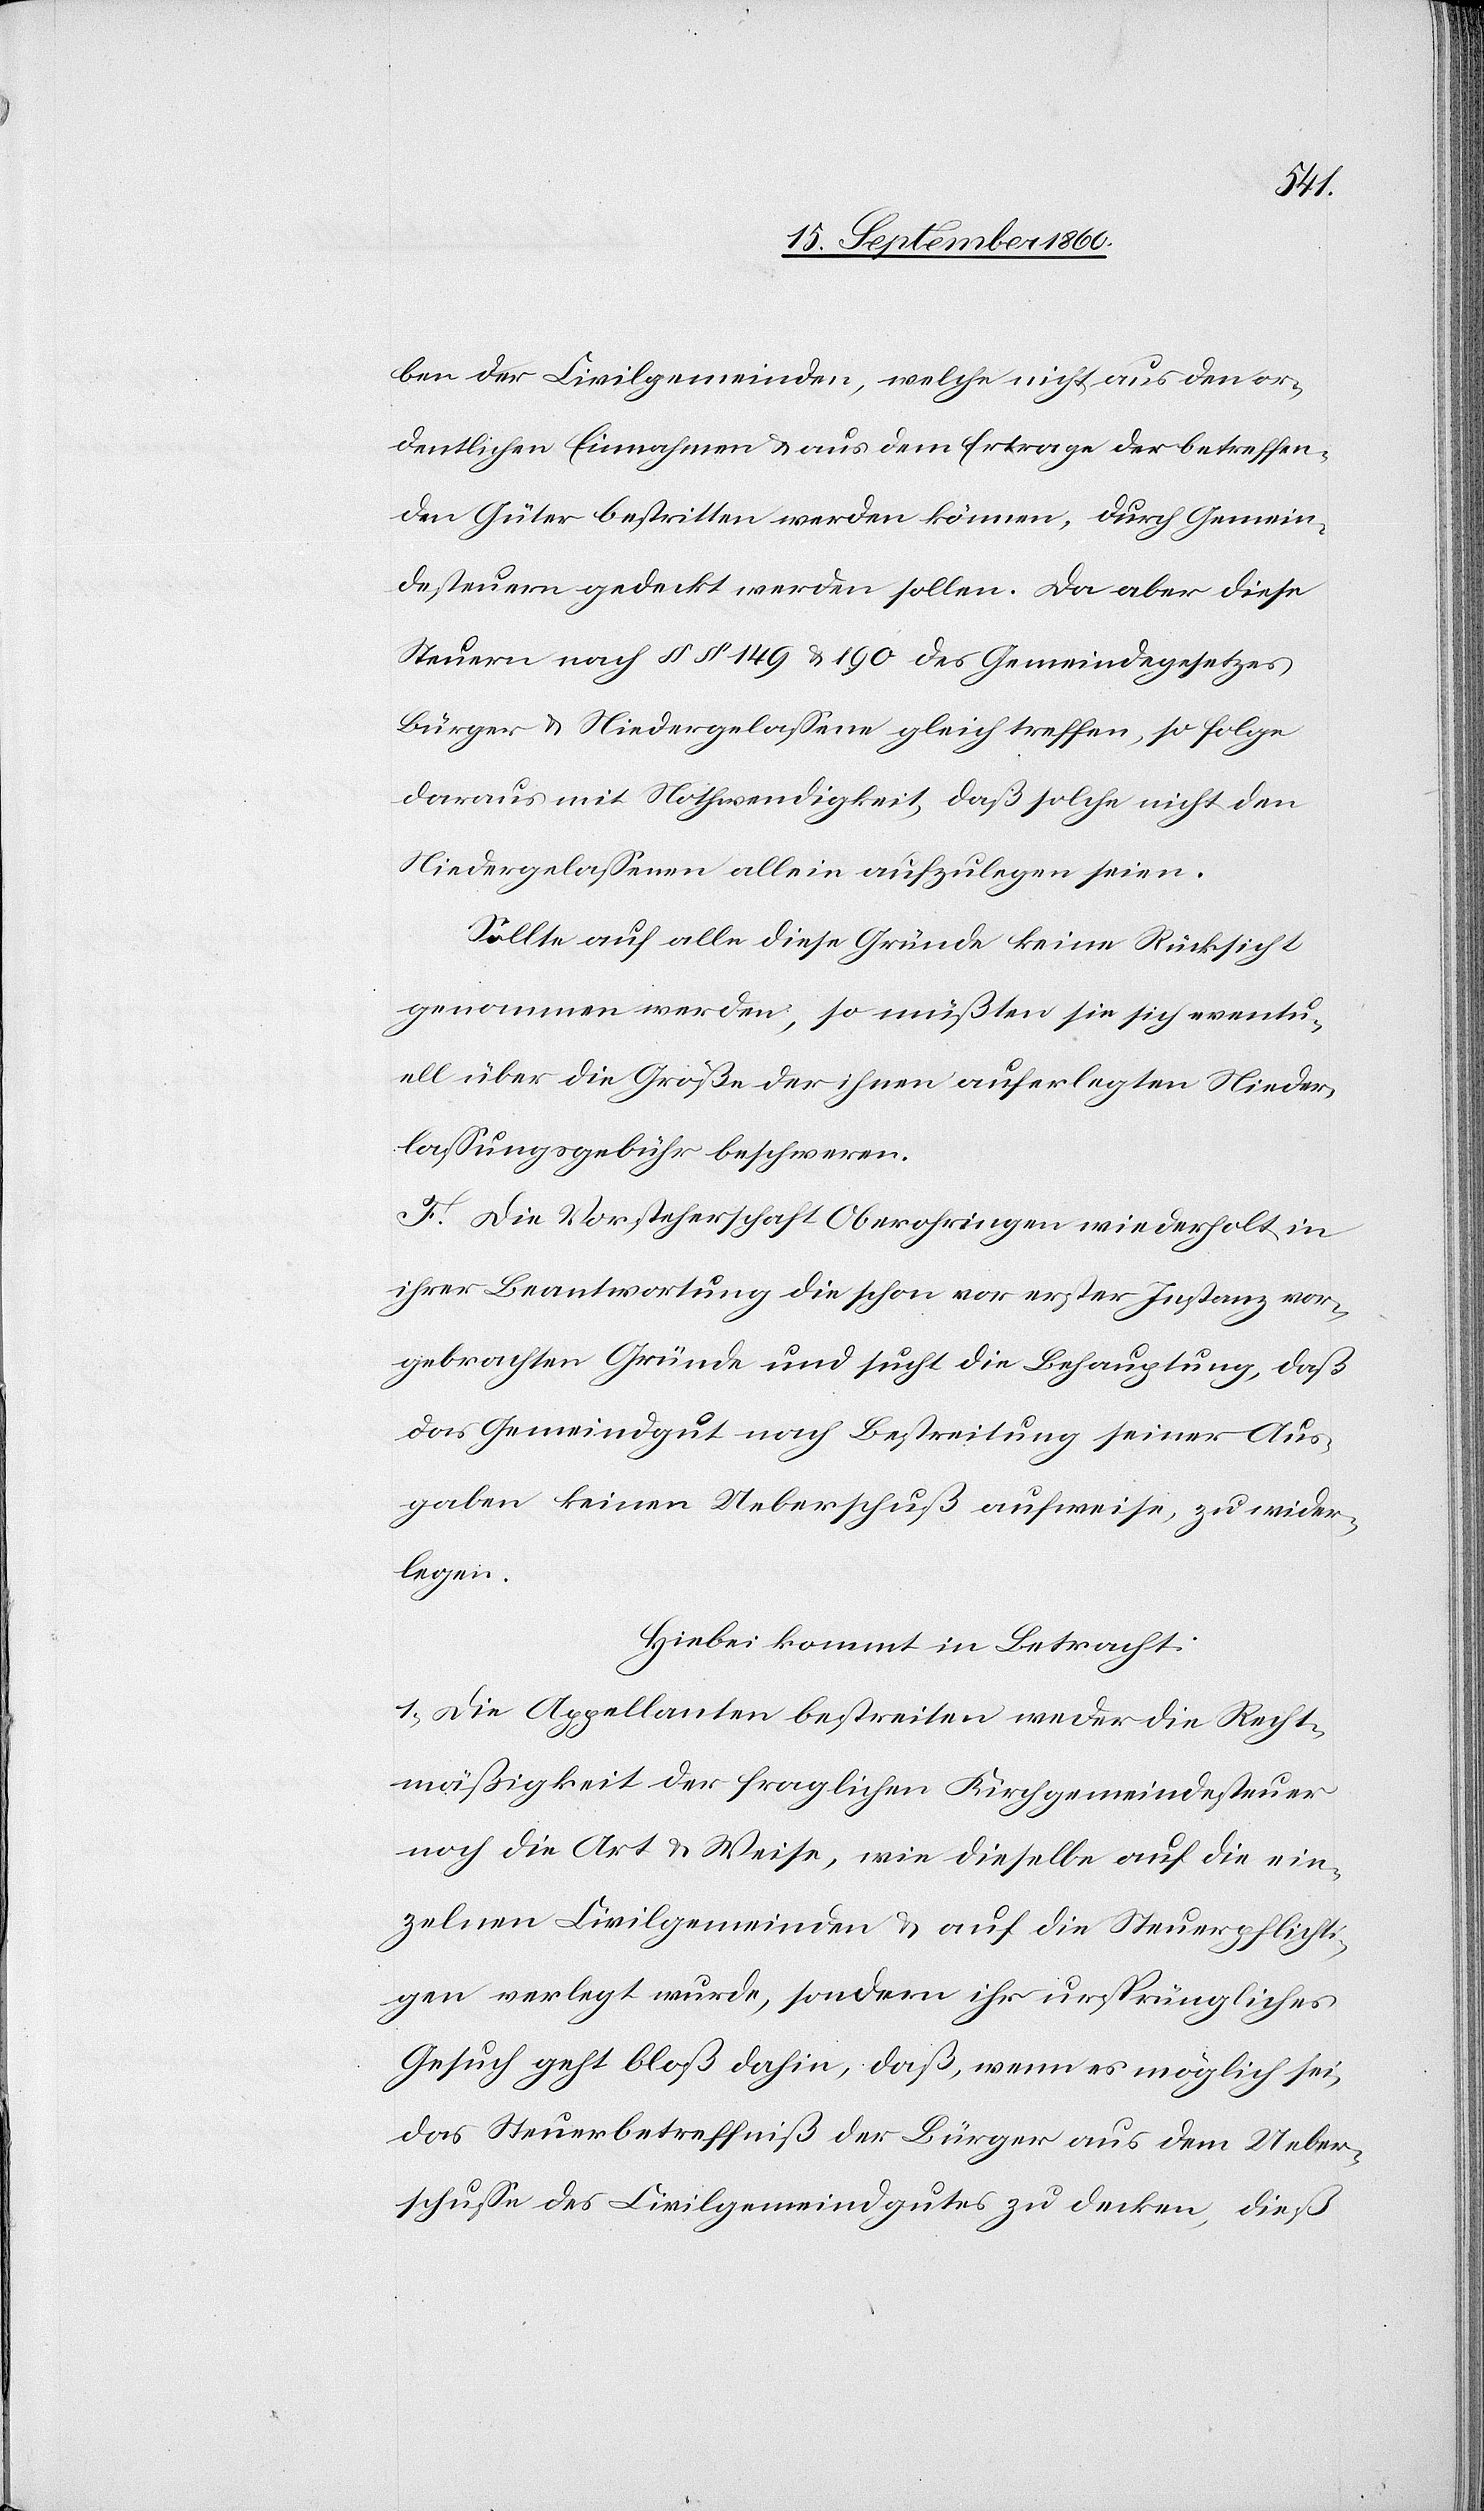
ben der Civilgemeinden, welche nicht aus den or¬
dentlichen Einnahmen u. aus dem Ertrage der betreffen¬
den Güter bestritten werden können, durch Gemein¬
desteuern gedeckt werden sollen. Da aber diese
Steuern nach §.§ 149 u. 190 des Gemeindegesetzes
Bürger u. Niedergelassene gleich treffen, so folge
daraus mit Nothwendigkeit, dass solche nicht den
Niedergelassenen allein aufzulegen seien.
Sollte auf alle diese Gründe keine Rücksicht
genommen werden, so müssten sie sich eventu¬
ell über die Grösse der ihnen auferlegten Nieder¬
lassungsgebühr beschwerden.
F. Die Vorsteherschaft Oberohringen wiederholt in
ihrer Beantwortung die schon vor erster Instanz vor¬
gebrachten Gründe und sucht die Behauptung, dass
das Gemeindgut nach Bestreitung seiner Aus¬
gaben keinen Ueberschuss aufweise, zu wieder¬
legen.
Hiebei kommt in Betracht:
1. Die Appellanten bestreiten weder die Recht¬
mässigkeit der fraglichen Kirchgemeindesteuer,
noch die Art u. Weise, wie dieselbe auf die ein¬
zelnen Civilgemeinden u. auf die Steuerpflichti¬
gen verlegt wurde, sondern ihr ursprüngliches
Gesuch geht blos dahin, dass, wenn es möglich sei,
das Steuerbetreffniss der Bürger aus dem Ueber¬
schusse des Civilgemeindgutes zu decken, diess